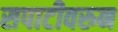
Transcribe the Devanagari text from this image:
सपाटीवरुन